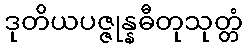
ဒုတိယပဇ္ဇုန္နဓီတုသုတ္တံ